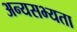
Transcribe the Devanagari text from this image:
अन्यसभ्यता